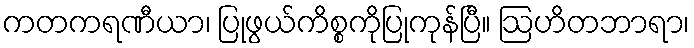
ကတကရဏီယာ၊ ပြုဖွယ်ကိစ္စကိုပြုကုန်ပြီ။ ဩဟိတဘာရာ၊